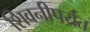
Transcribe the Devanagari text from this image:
शिवनीपर्यंत